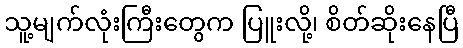
သူ့မျက်လုံးကြီးတွေက ပြူးလို့၊ စိတ်ဆိုးနေပြီ